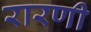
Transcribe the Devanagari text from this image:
रारणी